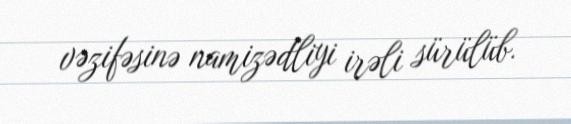
vəzifəsinə namizədliyi irəli sürülüb.